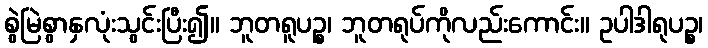
စွဲမြဲစွာနှလုံးသွင်းပြီး၍။ ဘူတရူပဉ္စ၊ ဘူတရုပ်ကိုလည်းကောင်း။ ဥပါဒါရုပဉ္စ၊